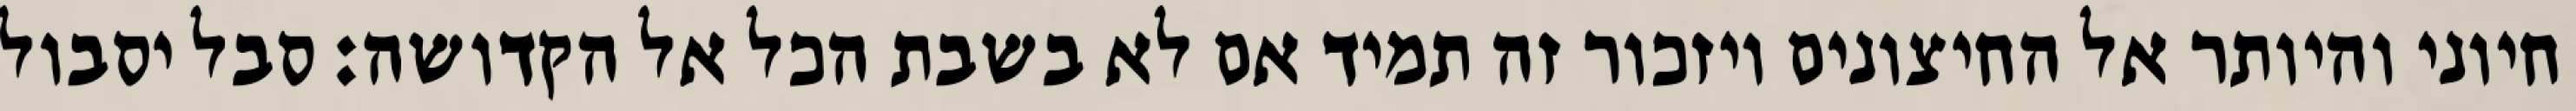
חיוני והיותר אל החיצונים ויזכור זה תמיד אם לא בשבת הכל אל הקדושה: סבל יסבול